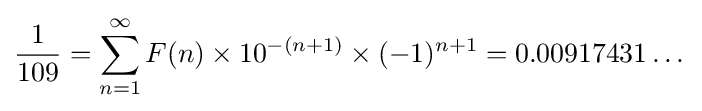
{\frac {1}{109}}=\sum _{n=1}^{\infty }{F(n)\times 10^{-(n+1)}}\times (-1)^{n+1}=0.00917431\dots